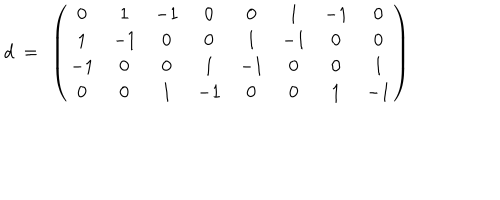
d ~ = ~ \left( \begin{matrix} { { 0 } } & { { 1 } } & { { - 1 } } & { { 0 } } & { { 0 } } & { { 1 } } & { { - 1 } } & { { 0 } } \\ { { 1 } } & { { - 1 } } & { { 0 } } & { { 0 } } & { { 1 } } & { { - 1 } } & { { 0 } } & { { 0 } } \\ { { - 1 } } & { { 0 } } & { { 0 } } & { { 1 } } & { { - 1 } } & { { 0 } } & { { 0 } } & { { 1 } } \\ { { 0 } } & { { 0 } } & { { 1 } } & { { - 1 } } & { { 0 } } & { { 0 } } & { { 1 } } & { { - 1 } } \\ \end{matrix} \right)